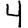
Digit: 4